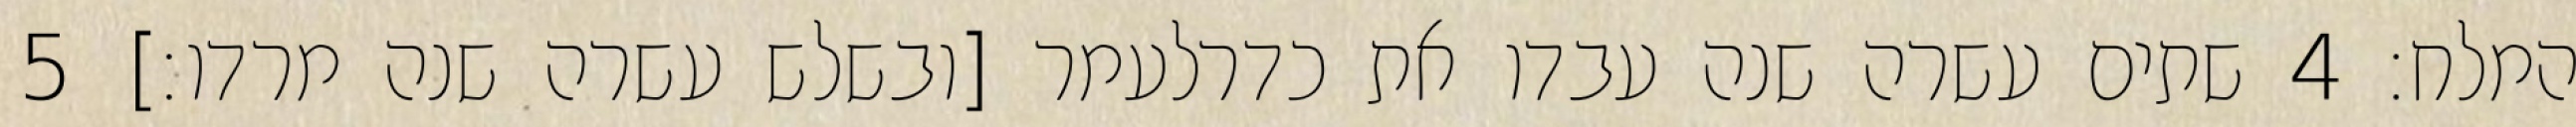
המלח׃ ‎4‏ שתים עשרה שנה עבדו את כדרלעמר [ובשלש עשרה שנה מרדו׃] ‎5‏